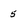
Character: 5